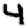
Digit: 4